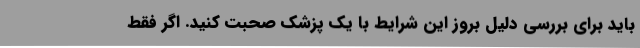
باید برای بررسی دلیل بروز این شرایط با یک پزشک صحبت کنید. اگر فقط